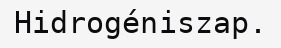
Hidrogéniszap.